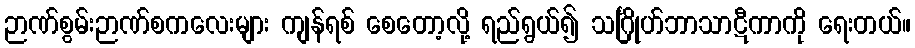
ဉာဏ်စွမ်းဉာဏ်စကလေးများ ကျန်ရစ် စေတော့လို့ ရည်ရွယ်၍ သင်္ဂြိုဟ်ဘာသာဋီကာကို ရေးတယ်။